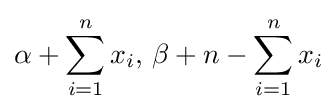
\alpha +\sum _{i=1}^{n}x_{i},\,\beta +n-\sum _{i=1}^{n}x_{i}\!